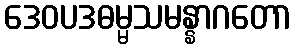
ဒေဝပဒဓမ္မသမန္နာဂတော